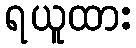
ရယူထား